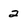
Character: 2